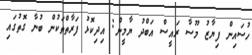
ހުސައިން ފިޔާޒު މޫސާ ރައީސް އަބްދު ޔާމީން: އިދިކޮޅު ފަރާތްތަކުން ބުނާ ގޮތުގައި